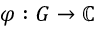
\varphi : G \to \mathbb { C }